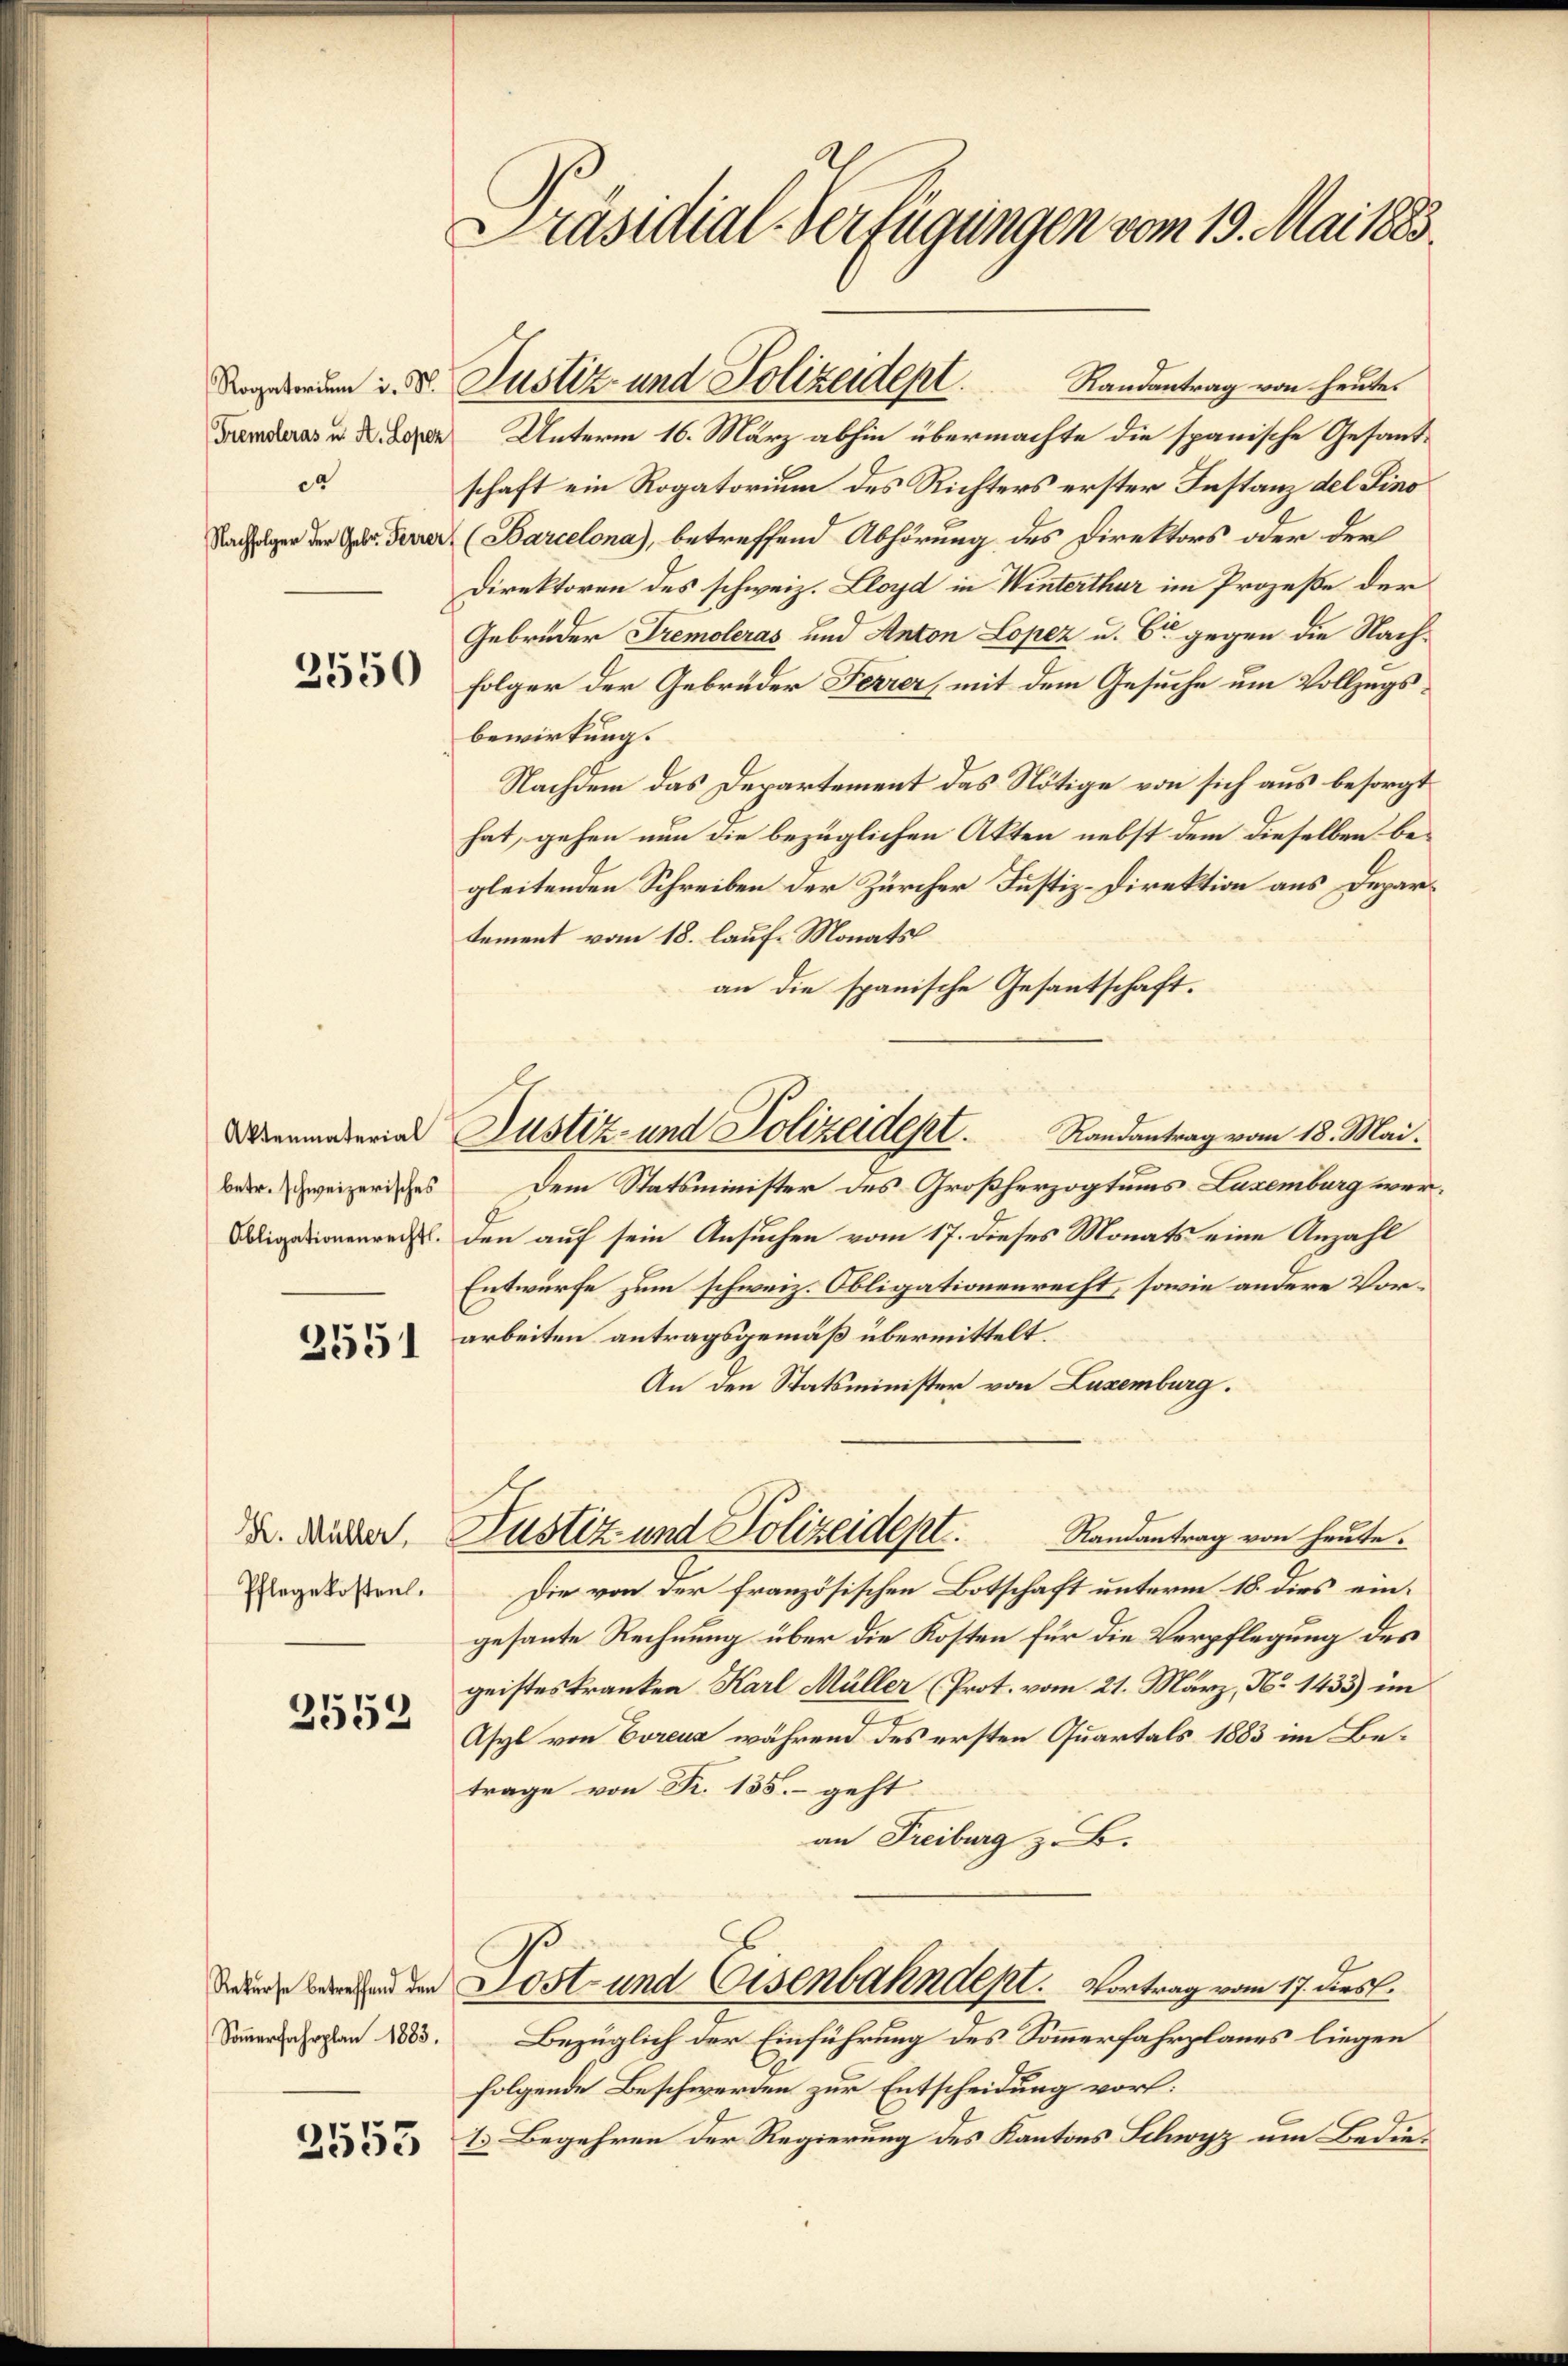
Tremoleras u. A. Lopez
ca

betr. schweizerisches

2551

K. Müller
Pflegekosten.

2552

Soṁerfahrplan 1883.

Präsidial-Verfügungen vom 19. Mai 1883.

Randantrag von heute.
Unterm 16. März abhin übermachte die spanische Gesandschaft ein Rogatorium des Richters erster Instanz del Sino
Nachfolger der Gebr. Ferner (Barcelona), betreffend Abhörung des Direktors oder der
Direktoren des schweiz. Lloyd in Winterthur im Prozeße der
Gebrüder Tremoleras und Anton Lopez u. 6 gegen die Nach¬
 Folger der Gebrüder Ferrer, mit dem Gesuche um Vollzugsbewirkung.
Nachdem das Departement das Nötige von sich aus besorgt
hat, gehen nun die bezüglichen Akten nebst dem dieselben begleitenden Schreiben der Zürcher Justiz-Direktion aus Departement vom 18. lauf Monats
an die spanische Gesantschaft.
Randantrag vom 18. Mai.
Dem Statsminister des Großherzogtums Laxemburg wer¬
Aligationenrecht. Den auf sein Ansuchen vom 17. dieses Monats eine Anzahl
Entwurfe zum schweiz. Obligationenrecht, sowie andere Vorarbeiten antragsgemäß übermittelt.
An den Statsminister von Luxenburg.
Justiz und Polizeidept. Randantrag von heute.
Die von der französischen Botschaft unterm 18. dies eingesante Rechnung über die Kosten für die Verpflegung des
geistes Kranken Karl Müller (Prot. vom 21. März, No 1433) im
Asyl von Eorens während des ersten Quartals 1883 im Betrage von R. 135.- geht
an Freiburg z. B.
 Post- und Eisenbahndept. Vortrag vom 17. dies.
Bezüglich der Einführung des Sommerfahrplanes liegen
folgende Beschwerden zur Entscheidung vor:
  E. Begehren der Regierung des Kantons Schwyz um Bedie¬

Daenum d. d. Justiz- und Polizeident.

Wenmateria Justiz- und Polizeidept.